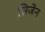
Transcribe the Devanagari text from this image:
सिजेन